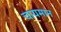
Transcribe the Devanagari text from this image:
चायमान